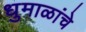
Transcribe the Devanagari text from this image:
धुमाळांचे